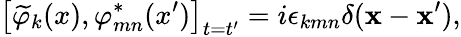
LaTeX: \left[\widetilde{\varphi}_{k}(x),\varphi_{mn}^{*}(x^{\prime})\right]_{t=t^{\prime}}=i\epsilon_{kmn}\delta(\mathbf{x}-\mathbf{x}^{\prime}),